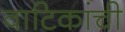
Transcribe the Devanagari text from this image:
वाटिकांची